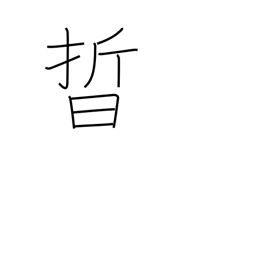
Meaning: light of stars